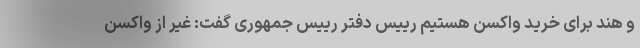
و هند برای خرید واکسن هستیم رییس دفتر رییس جمهوری گفت: غیر از واکسن